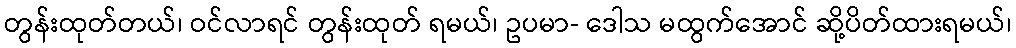
တွန်းထုတ်တယ်၊ ဝင်လာရင် တွန်းထုတ် ရမယ်၊ ဥပမာ- ဒေါသ မထွက်အောင် ဆို့ပိတ်ထားရမယ်၊